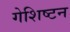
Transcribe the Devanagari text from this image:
गेशिष्टन